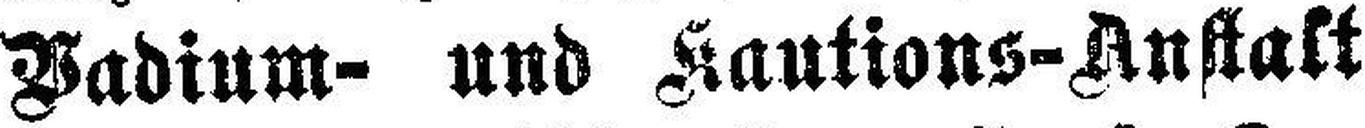
Vadium- und Kautions-Anstalt